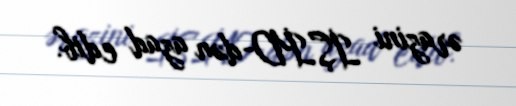
ərazini İŞİD-dən azad edib.